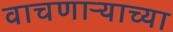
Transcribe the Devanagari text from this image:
वाचणाऱ्याच्या